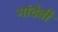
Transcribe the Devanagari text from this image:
गांदेवी